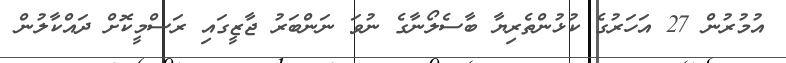
އުމުރުން 27 އަހަރުގެ ކުޅުންތެރިޔާ ބާސެލޯނާގެ ނުވަ ނަންބަރު ޖާޒީގައި ރަސްމީކޮށް ދައްކާލުން